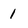
Character: 1